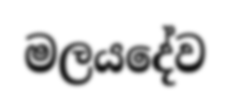
මලයදේව